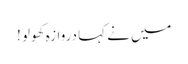
میں نے کہا دروازہ کھولو !